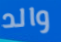
والد